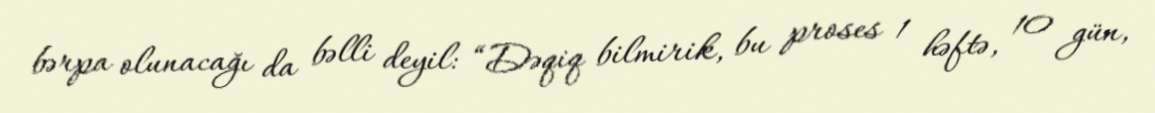
bərpa olunacağı da bəlli deyil: “Dəqiq bilmirik, bu proses 1 həftə, 10 gün,